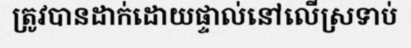
ត្រូវបានដាក់ដោយផ្ទាល់នៅលើស្រទាប់